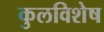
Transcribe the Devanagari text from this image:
कुलविशेष